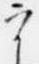
宰